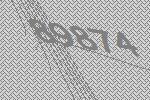
89874